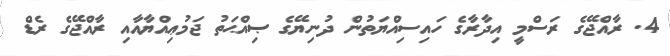
4. ރާއްޖޭގެ ރަސްމީ އިދާރާގެ ހައިސިއްޔަތުން ދުނިޔޭގެ ޞިއްޙަތު ޖަމުޢިއްޔާއާއި ރާއްޖޭގެ ރެޑް